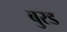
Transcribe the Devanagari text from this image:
बुरड